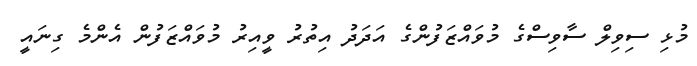
މުޅި ސިވިލް ސާވިސްގެ މުވައްޒަފުންގެ އަދަދު އިތުރު ވީއިރު މުވައްޒަފުން އެންމެ ގިނައީ